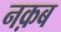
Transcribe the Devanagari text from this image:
नक़ब